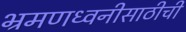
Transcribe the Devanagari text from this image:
भ्रमणध्वनीसाठीची